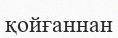
қойғаннан